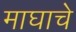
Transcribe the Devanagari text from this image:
माघाचे